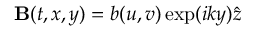
\begin{array} { r } { { \bf B } ( t , x , y ) = b ( u , v ) \exp ( i k y ) \hat { z } \, } \end{array}